Civil Veterinary Dept. Bombay admin report 1923-31 - 1923-1931
Year: 1923
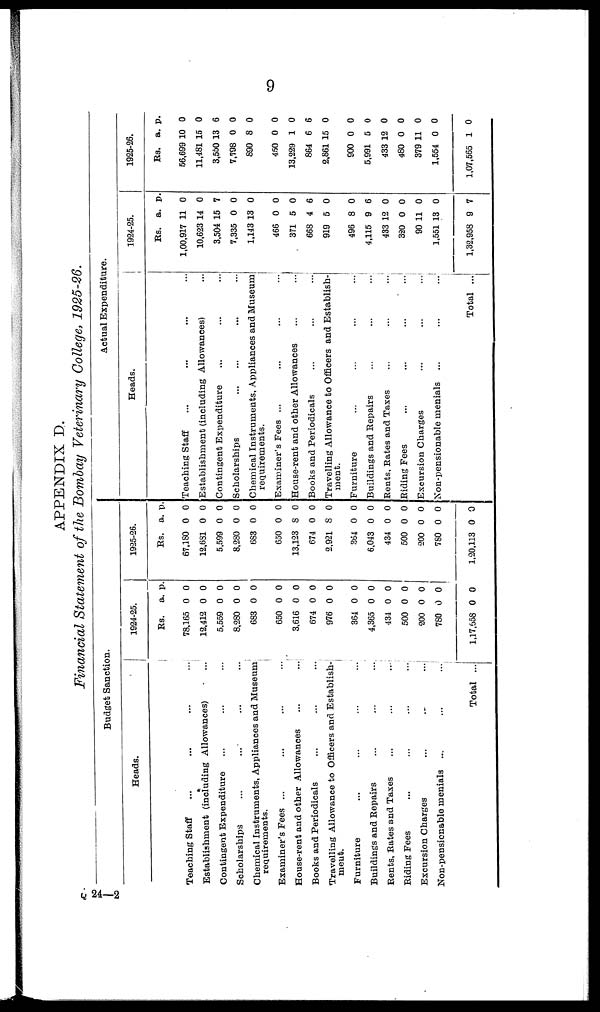
9
APPENDIX D.
Financial Statement of the Bombay Veterinary College, 1925-26.
Budget Sanction
Heads.
Teaching Staff ... ... ... ...
Establishment (including Allowances) ...
Contingent Expenditure ... ... ...
Scholarships ... ... ... ...
Chemical Instruments, Appliances and Museum
requirements.
Examiner's Fees ... ... ... ...
House-rent and other Allowances ... ...
Books and Periodicals ... ... ...
Travelling Allowance to Officers and Establish-
ment.
Furniture ... ... ... ...
Buildings and Repairs ... ... ...
Rents, Rates and Taxes ... ... ...
Biding Fees ... ... ... ...
Excursion Charges
...
...
...
Non-pensionable menials ... ... ...
Total ...
1924-25.
Rs.
78,165
12,412
5,559
8,280
683
650
3,616
674
976
364
4,365
434
500
200
780
1,17,658
a.
0
0
0
0
0
0
0
0
0
0
0
0
0
0
0
0
p.
0
0
0
0
0
0
0
0
0
0
0
0
0
0
0
0
1925-26.
Rs.
67,180
12,681
5,599
8,280
683
650
13,123
674
2,921
364
6,043
434
500
200
780
1,20,113
a.
0
0
0
0
0
0
8
0
8
0
0
0
0
0
0
0
p.
0
0
0
0
0
0
0
0
0
0
0
0
0
0
0
0
Actual Expenditure.
Heads.
Teaching Staff ... ... ... ...
Establishment (including Allowances) ...
Contingent Expenditure ... ... ...
Scholarships ... ... ... ...
Chemical Instruments, Appliances and Museum
requirements.
Examiner's Fees ... ... ... ...
House-rent and other Allowances ... ...
Books and Periodicals ... ... ...
Travelling Allowance to Officers and Establish-
ment.
Furniture ... ... ... ...
Buildings and Repairs ... ... ...
Bents, Rates and Taxes ... ... ...
Biding Fees
...
...
...
...
Excursion Charges
...
...
...
Non-pensionable menials ...
...
...
Total ...
1924-25.
Rs.
1,00,917
10,623
3,504
7,335
1,143
466
371
668
919
496
4,115
433
320
90
1,551
1,32,958
a.
11
14
15
0
13
0
5
4
5
8
9
12
0
11
13
9
p.
0
0
7
0
0
0
0
6
0
0
6
0
0
0
0
7
1925-26.
Rs.
56,699
11,481
3,550
7,798
890
450
13,229
864
2,861
900
5,991
433
480
379
1,554
1,07,565
a.
10
15
13
0
8
0
1
6
15
0
5
12
0
11
0
1
p.
0
0
6
0
0
0
0
6
0
0
0
0
0
0
0
0